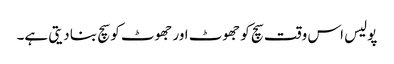
پولیس اس وقت سچ کو جھوٹ اور جھوٹ کو سچ بنا دیتی ہے۔